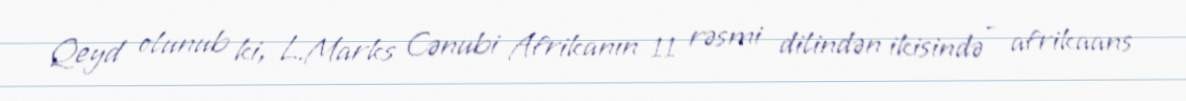
Qeyd olunub ki, L.Marks Cənubi Afrikanın 11 rəsmi dilindən ikisində - afrikaans